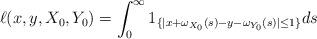
LaTeX: \begin{align*}\ell(x,y,X_0,Y_0)=\int_0^\infty1_{\{|x+\omega_{X_0}(s)-y-\omega_{Y_0}(s)|\leq 1\}}ds\end{align*}